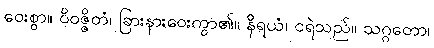
ဝေးစွာ။ ဝိဝဇ္ဇိတံ၊ ခြားနားဝေးကွာ၏။ နိရယံ၊ ငရဲသည်။ သဂ္ဂတော၊